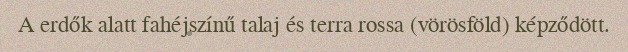
A erdők alatt fahéjszínű talaj és terra rossa (vörösföld) képződött.